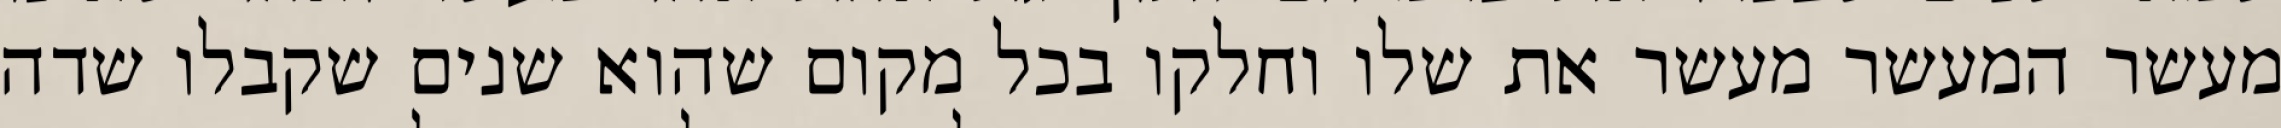
מעשר המעשר מעשר את שלו וחלקו בכל מקום שהוא שנים שקבלו שדה